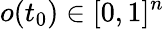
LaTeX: o(t_{0})\in[0,1]^{n}